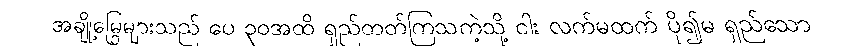
အချို့မြွေများသည် ပေ ၃၀အထိ ရှည်တတ်ကြသကဲ့သို့ ငါး လက်မထက် ပို၍မ ရှည်သော